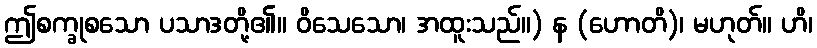
ဤစက္ခုစသော ပသာဒတို့၏။ ဝိသေသော၊ အထူးသည်။) န (ဟောတိ)၊ မဟုတ်။ ဟိ၊